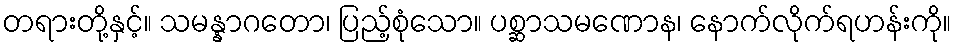
တရားတို့နှင့်။ သမန္နာဂတော၊ ပြည့်စုံသော။ ပစ္ဆာသမဏောန၊ နောက်လိုက်ရဟန်းကို။